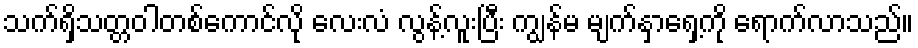
သက်ရှိသတ္တဝါတစ်ကောင်လို လေးလံ လွန့်လူးပြီး ကျွန်မ မျက်နှာရှေ့ကို ရောက်လာသည်။